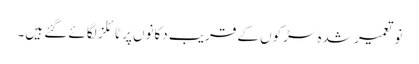
نو تعمیر شدہ سڑکوں کے قریب دکانوں پر ٹائلز لگائے گئے ہیں۔